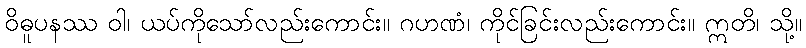
ဝိဓူပနဿ ဝါ၊ ယပ်ကိုသော်လည်းကောင်း။ ဂဟဏံ၊ ကိုင်ခြင်းလည်းကောင်း။ ဣတိ၊ သို့။